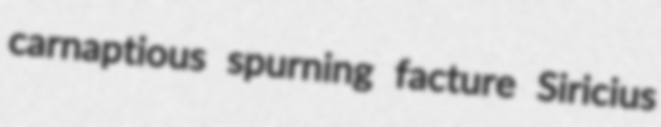
carnaptious spurning facture Siricius